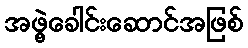
အဖွဲ့ခေါင်းဆောင်အဖြစ်